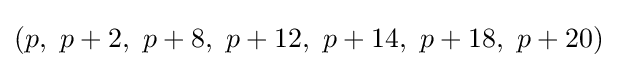
(p,\ p+2,\ p+8,\ p+12,\ p+14,\ p+18,\ p+20)